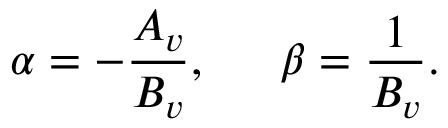
\alpha = - { \frac { { \cal A } _ { v } } { { \cal B } _ { v } } } , \, \, \, \, \, \, \, \, \, \beta = { \frac { 1 } { { \cal B } _ { v } } } .